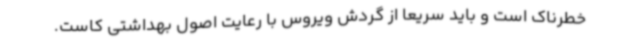
خطرناک است و باید سریعا از گردش ویروس با رعایت اصول بهداشتی کاست.